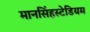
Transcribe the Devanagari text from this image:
मानसिंहस्टेडियम